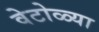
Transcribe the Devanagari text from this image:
वेटोळ्या